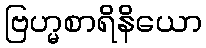
ဗြဟ္မစာရိနိယော